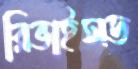
রিভাইসড